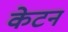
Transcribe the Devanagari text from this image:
केटन